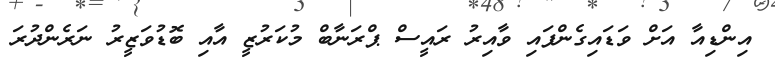
އިންޑިއާ އަށް ވަޑައިގެންފައި ވާއިރު ރައީސް ޕްރަނާބް މުކަރުޒީ އާއި ބޮޑުވަޒީރު ނަރެންދުރަ